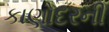
કાણોદરની